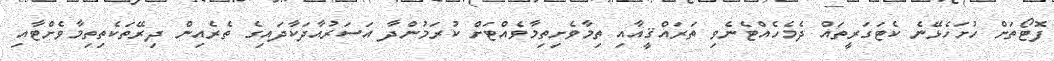
ފޮޓޯތަށް ހުށަހެޅޭނެ ކެޓަގަރީތައް ދެމެހެއްޓެނެވި ތަރައްޤީއާއި ތިމާވެށިތިމާވެއްޓަށް ކުރަމުންދާ އަސަރުއާދަކާދައިގެ ތެރެއިން ދިރޭތަކެތިތިމާވެށްޓާއި